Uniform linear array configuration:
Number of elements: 24
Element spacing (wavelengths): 0.25
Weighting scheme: hann
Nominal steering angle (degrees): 15
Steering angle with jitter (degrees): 16.994
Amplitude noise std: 0.05
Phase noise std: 0.05

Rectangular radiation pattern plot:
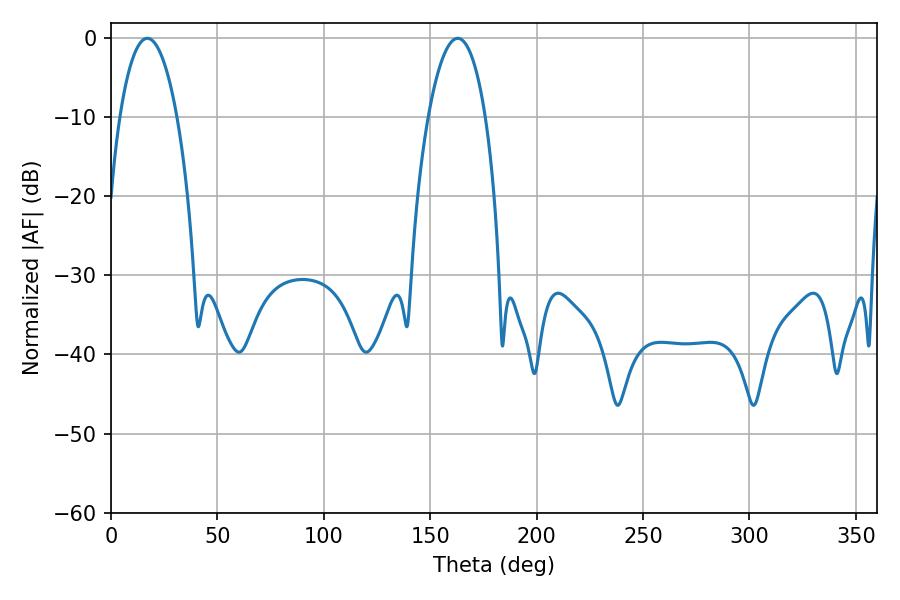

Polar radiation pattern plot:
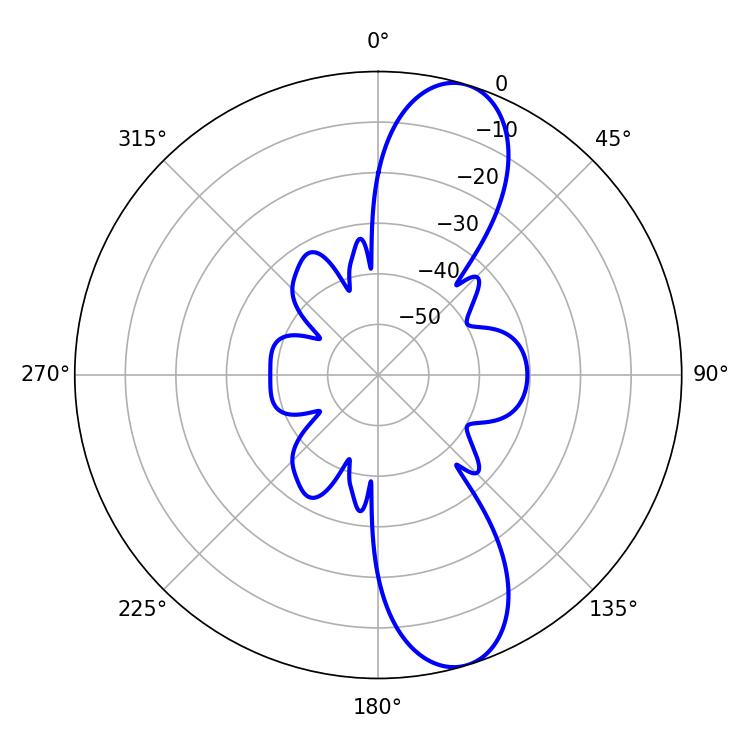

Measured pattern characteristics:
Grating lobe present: FALSE
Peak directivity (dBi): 10.825
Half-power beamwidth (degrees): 14.94
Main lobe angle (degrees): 17.1